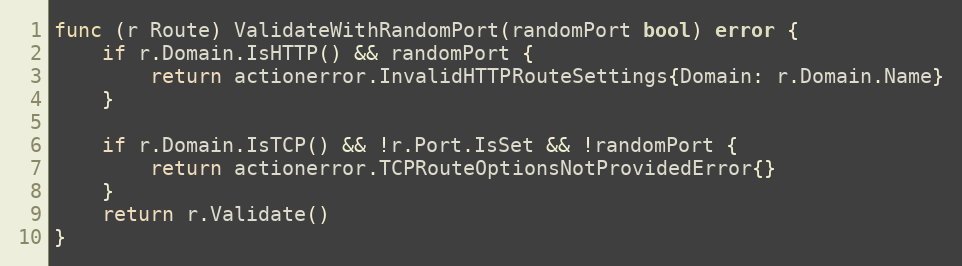
Language: Go
func (r Route) ValidateWithRandomPort(randomPort bool) error {
	if r.Domain.IsHTTP() && randomPort {
		return actionerror.InvalidHTTPRouteSettings{Domain: r.Domain.Name}
	}

	if r.Domain.IsTCP() && !r.Port.IsSet && !randomPort {
		return actionerror.TCPRouteOptionsNotProvidedError{}
	}
	return r.Validate()
}